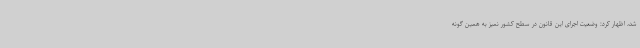
شد، اظهار کرد: وضعیت اجرای این قانون در سطح کشور نمیز به همین گونه